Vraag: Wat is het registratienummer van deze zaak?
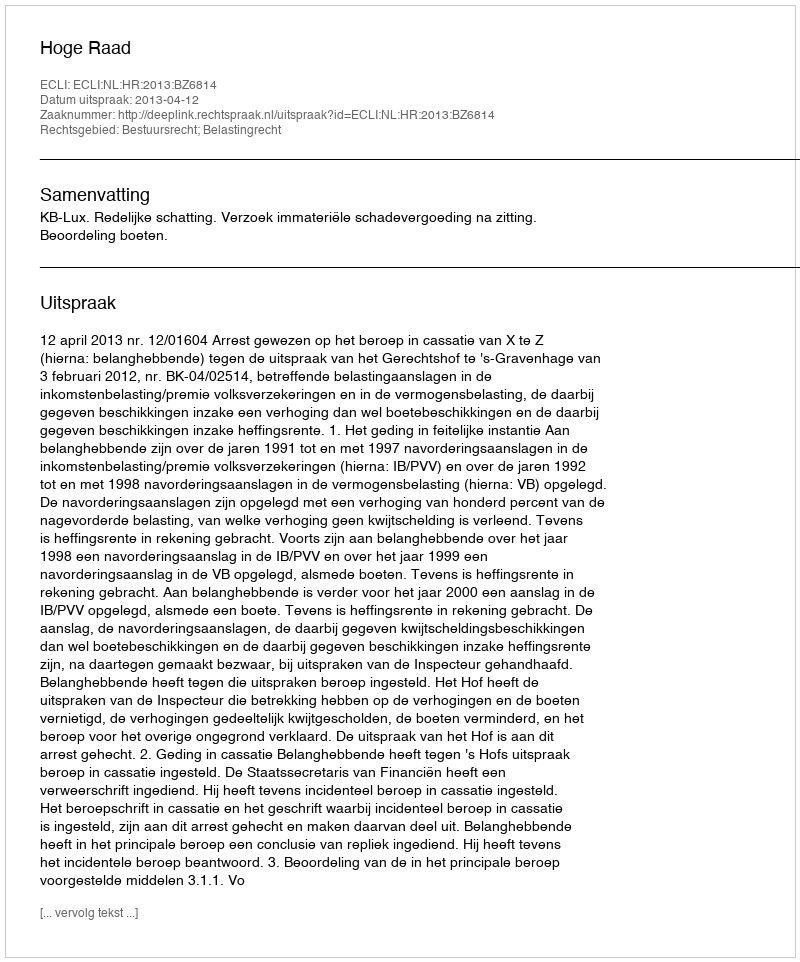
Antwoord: http://deeplink.rechtspraak.nl/uitspraak?id=ECLI:NL:HR:2013:BZ6814